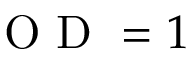
\mathrm { ~ O ~ D ~ } = 1